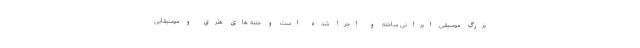
بزرگ موسیقی ‌ایرانی ساخته و اجرا شده است و جنبه های هنری و موسیقایی